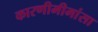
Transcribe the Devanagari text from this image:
कारणीमीमांसा